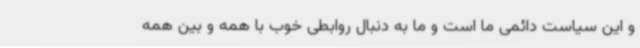
و این سیاست دائمی ما است و ما به دنبال روابطی خوب با همه و بین همه